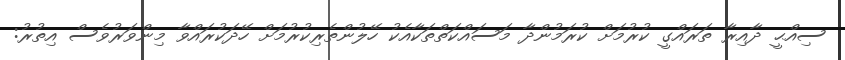
ސިއްޙީ ދާއިރާ ތަރައްގީ ކުރުމަށް ކުރަމުންދާ މަސައްކަތްތަކާއެކު ހޭލުންތެރިކުރުމަށް ހޭދަކުރައްވާ މިންވަރުވެސް އިތުރު: